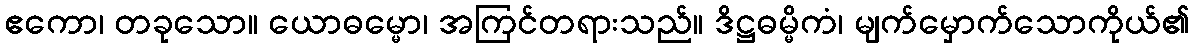
ဧကော၊ တခုသော။ ယောဓမ္မော၊ အကြင်တရားသည်။ ဒိဋ္ဌဓမ္မိကံ၊ မျက်မှောက်သောကိုယ်၏